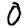
Digit: 0